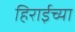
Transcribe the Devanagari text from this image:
हिराईच्या